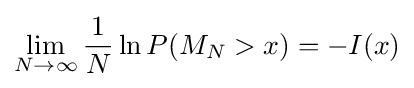
\lim _{N\to \infty }{\frac {1}{N}}\ln P(M_{N}>x)=-I(x)